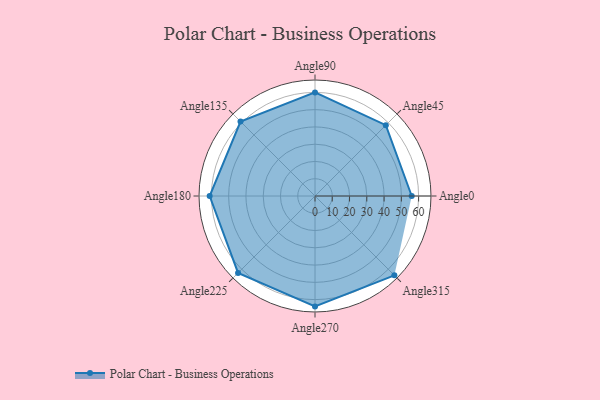
{"axis": {"x": "Angle", "y": "Radius"}, "legend": [""], "data": [{"x": "Angle0", "y": 56.0, "type": ""}, {"x": "Angle45", "y": 58.0, "type": ""}, {"x": "Angle90", "y": 60.0, "type": ""}, {"x": "Angle135", "y": 61.0, "type": ""}, {"x": "Angle180", "y": 61.0, "type": ""}, {"x": "Angle225", "y": 63.0, "type": ""}, {"x": "Angle270", "y": 64.0, "type": ""}, {"x": "Angle315", "y": 65.0, "type": ""}]}